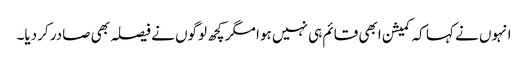
انہوں نے کہا کہ کمیشن ابھی قائم ہی نہیں ہوا مگر کچھ لوگوں نے فیصلہ بھی صادر کردیا۔